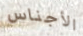
الأجناس